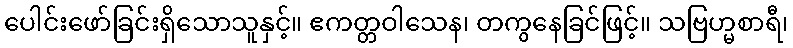
ပေါင်းဖော်ခြင်းရှိသောသူနှင့်။ ဧကတ္တဝါသေန၊ တကွနေခြင်ဖြင့်။ သဗြဟ္မစာရီ၊